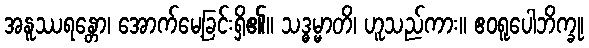
အနူဿရန္တော၊ အောက်မေ့ခြင်းရှိ၏။ သဒ္ဓမ္မာတိ၊ ဟူသည်ကား။ ဧဝရူပေါဘိက္ခု၊